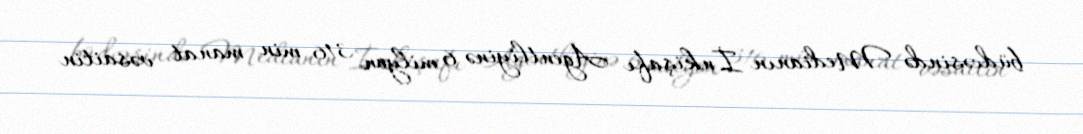
büdcəsində Medianın İnkişafı Agentliyinə 6 milyon 316 min manat vəsaitin